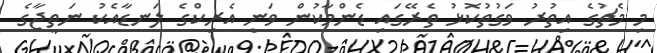
މި މެޗުގެ އިތުރު ވަގުތުކޮޅު ތެރޭގައި ޑެންމާކުން ވަނީ އެރިކްގެ ލަނޑާއެކު ނަތީޖާގެ